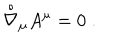
LaTeX: { \stackrel { \circ } { \nabla } } { } _ { \mu } A ^ { \mu } = 0 \; .